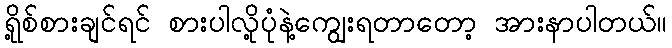
ရို့စ်စားချင်ရင် စားပါလို့ပုံနဲ့ကျွေးရတာတော့ အားနာပါတယ်။